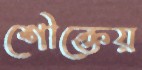
শৌক্তেয়